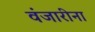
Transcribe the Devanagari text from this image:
वंजारीना